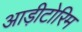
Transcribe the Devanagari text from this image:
आड़ीटोरिम